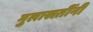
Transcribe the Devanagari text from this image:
मुलाखतींनी